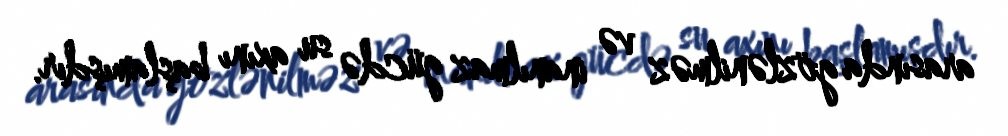
arasında gözlənilməz və inanılmaz gücdə su axını başlamışdır.